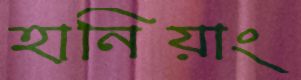
হানিয়াং